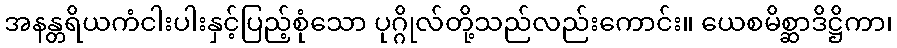
အနန္တရိယကံငါးပါးနှင့်ပြည့်စုံသော ပုဂ္ဂိုလ်တို့သည်လည်းကောင်း။ ယေစမိစ္ဆာဒိဋ္ဌိကာ၊